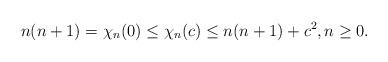
LaTeX: \begin{align*}n(n+1)=\chi_n(0)\leq \chi_n(c) \leq n(n+1)+c^2,n\geq 0.\end{align*}